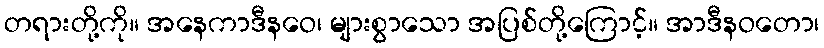
တရားတို့ကို။ အနေကာဒီနဝေ၊ များစွာသော အပြစ်တို့ကြောင့်။ အာဒီနဝတော၊